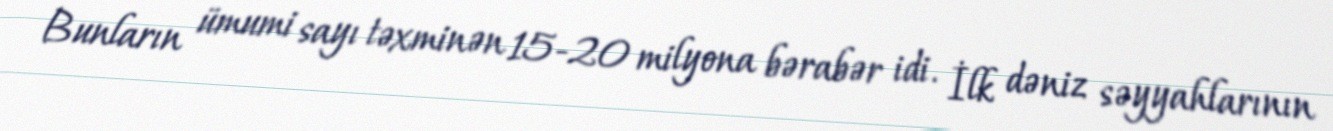
Bunların ümumi sayı təxminən 15-20 milyona bərabər idi. İlk dəniz səyyahlarının